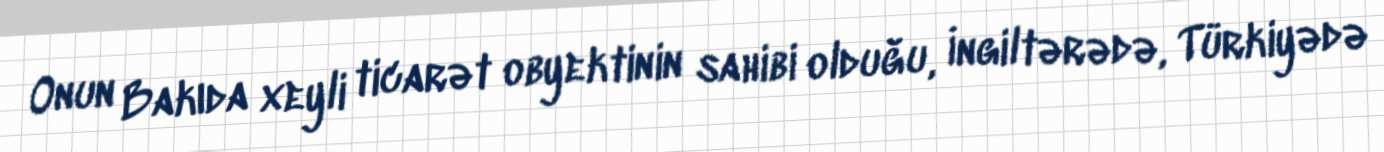
Onun Bakıda xeyli ticarət obyektinin sahibi olduğu, İngiltərədə, Türkiyədə